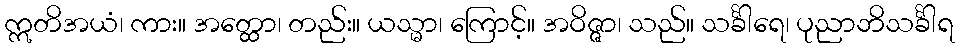
ဣတိအယံ၊ ကား။ အတ္ထော၊ တည်း။ ယသ္မာ၊ ကြောင့်။ အဝိဇ္ဇာ၊ သည်။ သင်္ခါရေ၊ ပုညာဘိသင်္ခါရ